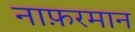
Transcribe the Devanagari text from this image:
नाफ़रमान